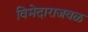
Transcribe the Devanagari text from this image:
विमेदाराजवळ